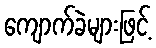
ကျောက်ခဲများဖြင့်